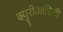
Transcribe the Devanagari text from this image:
क्युरीआसिटी